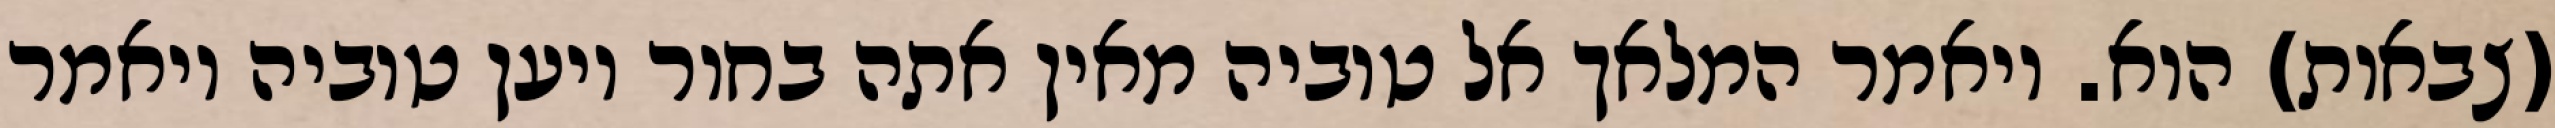
(צבאות) הוא. ויאמר המלאך אל טוביה מאין אתה בחור ויען טוביה ויאמר